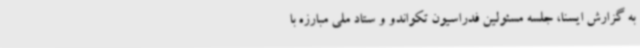
به گزارش ایسنا، جلسه مسئولین فدراسیون تکواندو و ستاد ملی مبارزه با